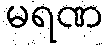
မရဏ